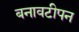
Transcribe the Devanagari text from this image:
बनावटीपन